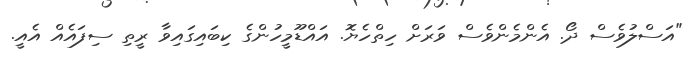
"އަސްލުވެސް ދޯ. އެންމެންވެސް ވަރަށް ހިތްހެޔޮ. އައްޑޫމީހުންގެ ކިބައިގައިވާ ރީތި ސިފައެއް އެއީ.